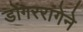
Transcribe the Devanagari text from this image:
डोंगररांगेने